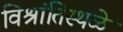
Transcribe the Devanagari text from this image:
विश्रांतिस्थळे